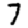
Digit: 7